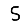
Digit: 5